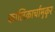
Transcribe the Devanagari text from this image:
कालिकार्चामुकुर